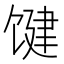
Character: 𱄃